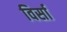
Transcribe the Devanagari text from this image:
विर्सा